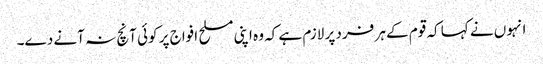
انہوں نے کہا کہ قوم کے ہر فرد پر لازم ہے کہ وہ اپنی مسلح افواج پر کوئی آنچ نہ آنے دے۔